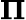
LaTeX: \boldsymbol{\Pi}